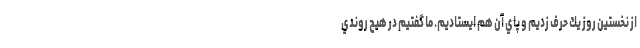
از نخستين روز يك حرف زديم و پاي آن هم ايستاديم. ما گفتيم در هيچ روندي